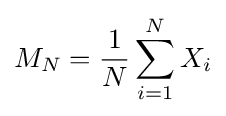
M_{N}={\frac {1}{N}}\sum _{i=1}^{N}X_{i}